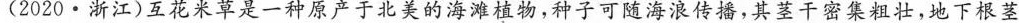
(2020·浙江)互花米草是一种原产于北美的海滩植物，种子可随海浪传播，其茎干密集粗壮，地下根茎